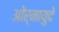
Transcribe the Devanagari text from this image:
ओर्मायुदे